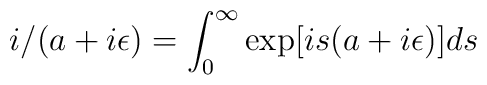
i/(a+i\epsilon )=\int_0^\infty \exp [is(a+i\epsilon )]ds